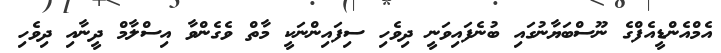
އެމްއެންޑީއެފްގެ ނޫސްބަޔާނުގައި ބުނެފައިވަނީ ދިވެހިި ސިފައިންނަކީ މާތް ވެގެންވާ އިސްލާމް ދީނާއި ދިވެހި